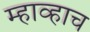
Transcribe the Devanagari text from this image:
म्हाव्हाच